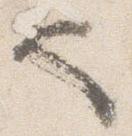
也